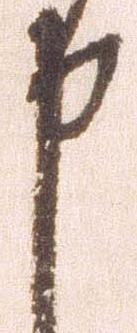
申